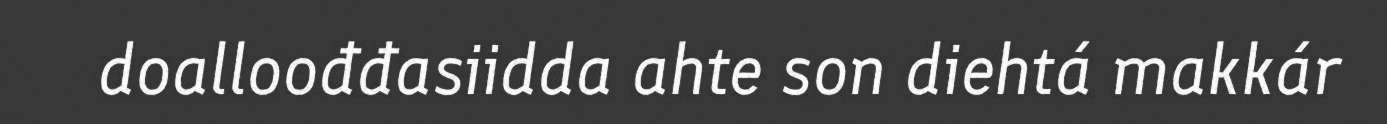
doalloođđasiidda ahte son diehtá makkár